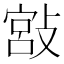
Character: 𢾮